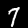
Label: 7